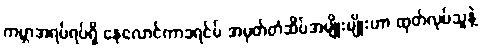
ကမ္ဘာအရပ်ရပ်ရှိ နေလောင်ကာခရင်မ် အမှတ်တံဆိပ်အမျိုးမျိုးဟာ ထုတ်လုပ်သူနဲ့